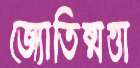
জ্যোতিষ্মত্তা